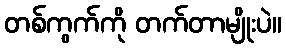
တစ်ကွက်ကို တက်တာမျိုးပဲ။